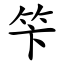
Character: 笇